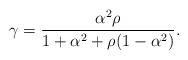
LaTeX: \begin{align*}\gamma=\frac{\alpha^2 \rho}{1+\alpha^2+\rho(1-\alpha^2)}.\end{align*}